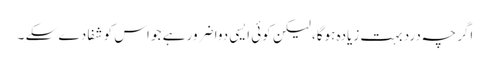
اگر چہ درد بہت زیادہ ہوگا، لیکن کوئی ایسی دوا ضرور ہے جو اس کو شفا دے سکے ۔